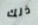
ذلك